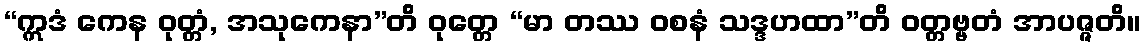
“ဣဒံ ကေန ဝုတ္တံ, အသုကေနာ”တိ ဝုတ္တေ “မာ တဿ ဝစနံ သဒ္ဒဟထာ”တိ ဝတ္တဗ္ဗတံ အာပဇ္ဇတိ။